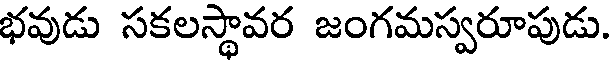
భవుడు సకలస్థావర జంగమస్వరూపుడు.